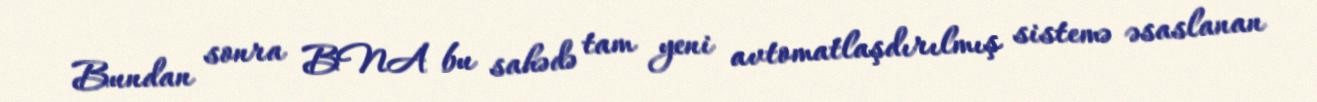
Bundan sonra BNA bu sahədə tam yeni avtomatlaşdırılmış sistemə əsaslanan